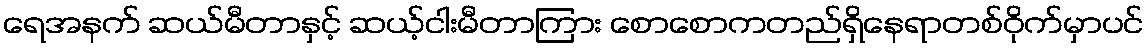
ရေအနက် ဆယ်မီတာနှင့် ဆယ့်ငါးမီတာကြား စောစောကတည်ရှိနေရာတစ်ဝိုက်မှာပင်